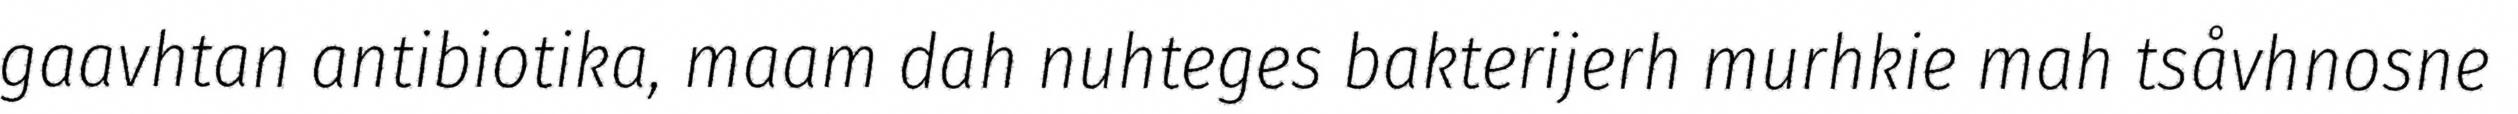
gaavhtan antibiotika, maam dah nuhteges bakterijerh murhkie mah tsåvhnosne